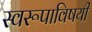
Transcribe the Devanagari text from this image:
स्वरूपाविषयी